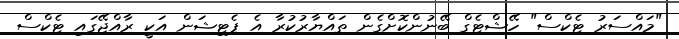
"މައްސަރު ޓެކްސް" ހޭޝްޓެގް ބޭނުންކޮށްގެން ތައްޔާރުކުރާ އެ ޕެޓިޝަން އަކީ ރާއްޖޭގައި ޓެކްސް